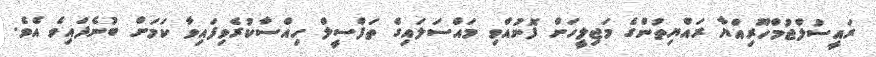
ރައީސުލްޖުމްހޫރިއްޔާ ރައްޔިތުންގެ މަޖިލީހަށް ފޮނުއްވި މައްސަލައިގެ ތަފްސީލް ހިއްސާކުރެވިފައިވާ ކަމަށް ބުނެފައިވެ އެވެ.